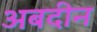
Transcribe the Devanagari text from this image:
अबदीन